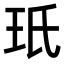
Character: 𭸻